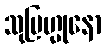
သုဗြဟ္မုနော